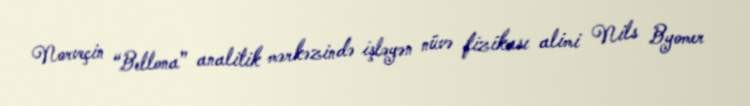
Norveçin “Bellona” analitik mərkəzində işləyən nüvə fizikası alimi Nils Byomer